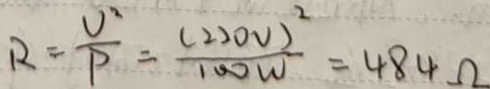
R = \frac { U ^ { 2 } } { P } = \frac { ( 2 2 0 V ) ^ { 2 } } { 1 0 0 W } = 4 8 4 \Omega